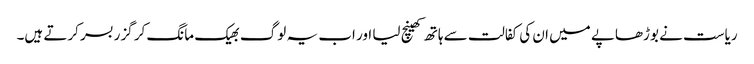
ریاست نے بوڑھاپے میں ان کی کفالت سے ہاتھ کھینچ لیا اور اب یہ لوگ بھیک مانگ کر گزر بسر کرتے ہیں۔